Vital statistics of India. Vol. V, Reports of 1876 on armies & jails and on epidemic cholera
Year: 1876
Disease focus: Cholera
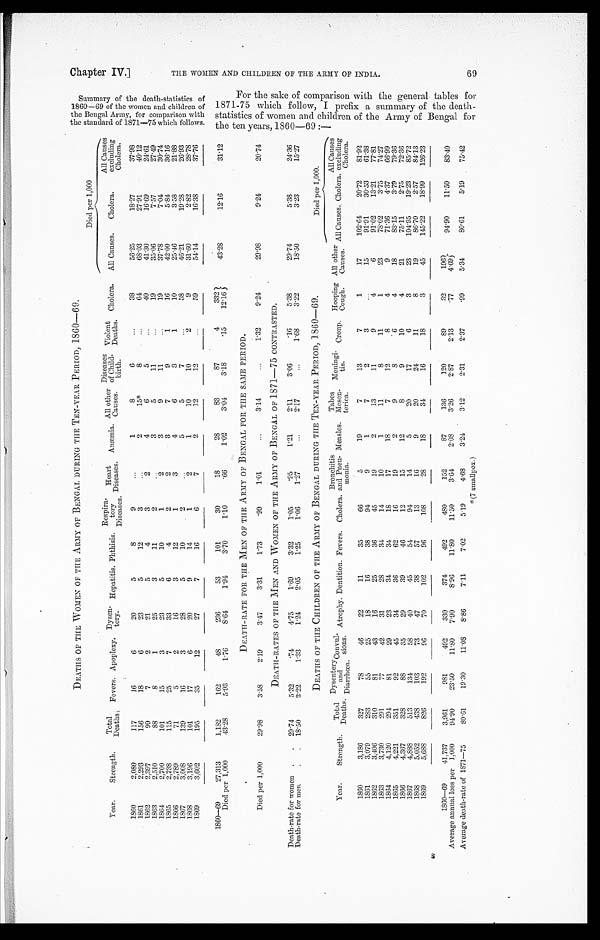
S u m m a r y o f t h e d e a t h - s t a t i s t i e s o f 1 8 6 0 — 6 9 o f t h e w o m e n a n d c h i l d r e n o f t h e B e n g a l A r m y , f o r c o m p a r i s o n w i t h t h e s t a n d a r d o f 1 8 7 1 — 7 5 w h i c h f o l l o w s .
F o r t h e s a k e o f c o m p a r i s o n w i t h t h e g e n e r a l t a b l e s f o r 1 8 7 1 - 7 5 w h i c h f o l l o w , I p r e f i x a s u m m a r y o f t h e d e a t h - s t a t i s t i c s o f w o m e n a n d c h i l d r e n o f t h e A r m y o f B e n g a l f o r t h e t e n y e a r s , 1 8 6 0 — 6 9 : —
C h a p t e r I V . ] T H E W O M E N A N D C H I L D R E N O F T H E A R M Y O F I N D I A .
69
DEATHS OF THE WOMEN OF THE ARMY OF BENGAL DURING THE TEN-YEAR PERIOD, 1860—69.
Year.
Died per 1,000
Strength.
Total
Deaths .
Fevers. Apoplexy. Dysen-tery. Hepatitis. Phthisis.
Respira-
tory
Diseases.
Heart
Diseases.
A n æ m i a . All other
Causes .
Diseases
of Child-
birth.
Violent
Deaths. Cholera.
All Causes.
Cholera.
All Causes
excluding
Cholera.
1860
2,080
117
16
6
20
5
8
9
. . .
1
8
6
. . .
38
56.25
18.27
37.98
1861
2,293
156
18
6
23
5
12
3
. . .
2
15*
8
. . .
64
68.03
27.91
40.12
1862
2,397
99
7
2
21
5
4
3
2
4
6
5
. . .
40
41.30
16.69
24.61
1863
2,510
88
8
1
25
3
11
2
. . .
3
5
1 1
. . .
19
35.06
7.57
27.49
1864
2,700
101
15
3
23
5
10
1
2
3
9
11
. . .
19
37.78
7.04
30.74
1865
2 , 7 3 8
115
25
7
33
6
4
2
2
3
7
9
1
16
42.00
5.84
36.16
1866
2,789
71
5
2
16
3
12
1
3
4
6
8
1
10
25.46
3.58
21.88
1867
3 , 0 0 8
139
16
3
28
5
10
2
. . .
5
5
7
. . .
58
46.21
19. 28
26.93
1868
3.196
101
17
6
20
9
14
1
2
1
10
10
2
9
31.60
2.82
28.78
1869
3,602
195
35
12
27
7
16
6
7
2
12
12
. . .
59
54.14
16. 38
37.76
1860—69
27.313
1,182
162
48
236
53
101
30
18
28
83
87
4
332
43. 28
12.16
31.12
Died per 1,000
43.28
5.93
1.76
8.64
1.94
3.70
1.10
.66
1.02
3.04
3.18
.15
12.16
DEATH-RATE FOR THE MEN OF THE ARMY OF BENGAL FOR THE SAME PERIOD.
Died per 1,000
29.98
3.58
2.19
3.47
3.31
1.73
.99
1.01
. . .
3.14
. . .
1.32
9.24
29.98
9.24
20.74
DEATH-RATES OF THE MEN AND WOMEN OF THE ARMY OF BENGAL OF 1871—75 CONTRASTED.
Death-rate for women . . .
29.74
5.32
.74
4.75
1.69
3.32
1.05
.95
1.21
2.11
3.06
.16
5.38
29.74
5.38
24.36
Death-rate for men . . .
18.50
3.22
1.33
1.24
2.05
1.25
1.06
1.27
. . .
2.17
. . .
1.68
3.22
18.50
3.23
15.27
Year.
DEATHS OF THE CHILDREN OF THE ARMY OF BENGAL DURING THE TEN-YEAR PERIOD, 1860—69.
Died per 1,000.
Strength.
Tot a l
Deaths.
Dysentery
and
Diarrhœa.
C o n v u l - s i o n s .
Atrophy. Dentition. Fevers. Cholera.
Bronchitis
and Pneu-
monia.
Measles.
Tabes
Mesen-
terica.
Meningi-
tis.
Croup. Hooping
Cough.
All other
Causes. All Causes. Cholera.
All Causes
excluding
Cholera.
1860
3,186
327
78
46
22
11
35
66
5
19
7
13
7
1
17
102.64
20.72
81.92
1861
3,079
283
55
25
18
1.6
38
94
9
1
7
2
3
. . .
15
91.91
30.53
61.38
1862
3,406
310
81
43
16
25
36
45
19
2
13
11
9
4
6
91.02
13.21
77.81
1863
3,730
291
77
42
31
28
34
14
10
1
11
8
11
1
23
78.02
3.75
74.27
1864
4,120
294
81
29
23
34
34
18
17
18
7
12
8
4
9
71.36
4.37
66.99
1865
4,221
351
92
45
34
36
62
16
19
2
9
8
6
4
18
83.15
3.79
79.36
1866
4.367
328
88
35
29
39
46
12
15
12
8
9
10
4
21
75.11
2.75
72.36
1867
4,888
513
134
58
40
45
54
94
14
5
20
17
6
3
23
104.95
19.23
85.72
1868
5,052
438
103
73
47
38
57
13
16
9
20
24
11
8
19
86.70
2.57
84.13
1869
5,688
826
192
96
70
102
96
108
28
18
34
16
18
3
45
145.22
18.99
126.23
1860—69
41.737
3,961
981
492
330
374
492
480
152
87
136
120
89
32
1 9 6
94.90
11.50
83.40
Average annual loss per 1,000
94.90
23.50
11.80
7.90
8.96
11.80
11.50
3.64
2. 08
3.26
2.87
2.13
.77
4.69
Average death-rate of 1871—75
80.61
19.30
11.08
8.86
7.11
7.02
5.19
4.68
3.24
3.12
2.31
2.37
.99
5.34
80.61
5.19
75.42